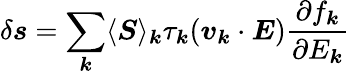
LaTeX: \delta\boldsymbol{s}=\sum_{\boldsymbol{k}}\langle\boldsymbol{S}\rangle_{\boldsymbol{k}}\tau_{\boldsymbol{k}}(\boldsymbol{v}_{\boldsymbol{k}}\cdot\boldsymbol{E})\frac{\partial f_{\boldsymbol{k}}}{\partial E_{\boldsymbol{k}}}